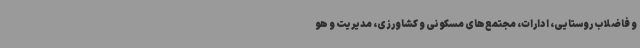
و فاضلاب روستایی، ادارات، مجتمع‌های مسکونی و کشاورزی، مدیریت و هو